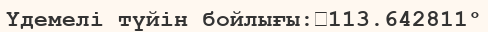
Үдемелі түйін бойлығы:	113.642811°